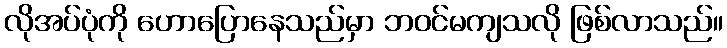
လိုအပ်ပုံကို ဟောပြောနေသည်မှာ ဘဝင်မကျသလို ဖြစ်လာသည်။